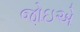
જોઇએ